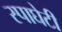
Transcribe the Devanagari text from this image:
स्पाघेटी